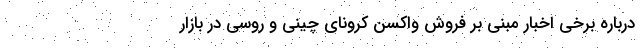
درباره برخی اخبار مبنی بر فروش واکسن کرونای چینی و روسی در بازار